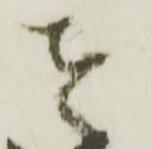
者